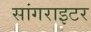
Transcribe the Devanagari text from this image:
सांगराइटर